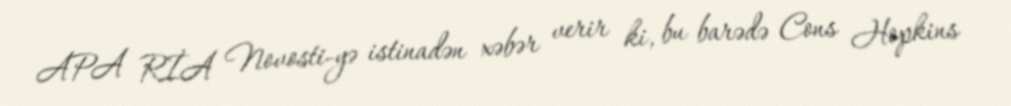
APA RİA Novosti-yə istinadən xəbər verir ki, bu barədə Cons Hopkins